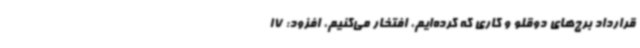
قرارداد برج‌های دوقلو و کاری که کرده‌ایم، افتخار می‌کنیم، افزود: 17